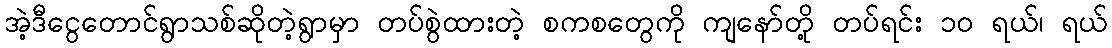
အဲ့ဒီငွေတောင်ရွာသစ်ဆိုတဲ့ရွာမှာ တပ်စွဲထားတဲ့ စကစတွေကို ကျနော်တို့ တပ်ရင်း ၁၀ ရယ်၊ ရယ်